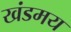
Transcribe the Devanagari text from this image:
खंडमय